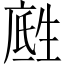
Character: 𪽅